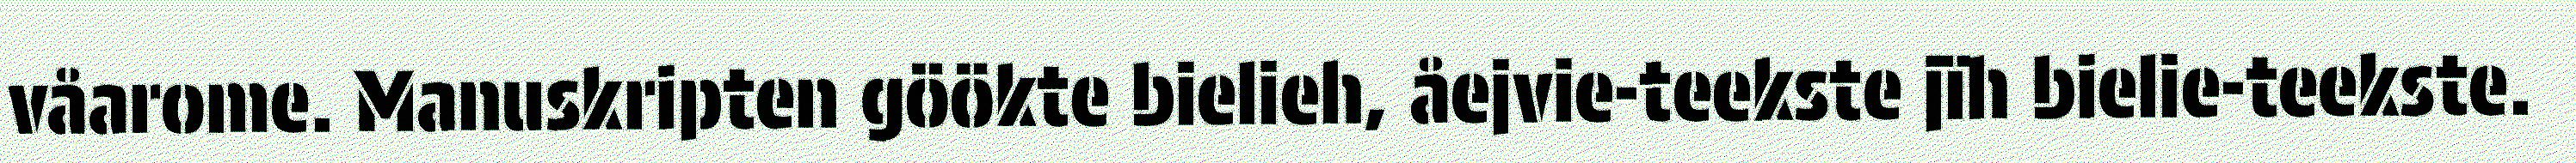
våarome. Manuskripten göökte bielieh, åejvie-teekste jïh bielie-teekste.